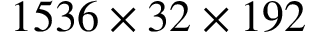
1 5 3 6 \times 3 2 \times 1 9 2